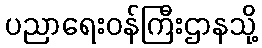
ပညာရေးဝန်ကြီးဌာနသို့